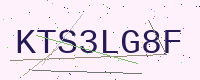
Text: KTS3LG8F